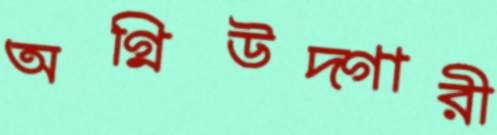
অগ্নিউদ্গারী